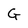
Character: G